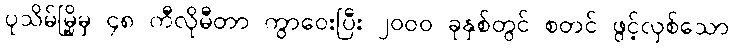
ပုသိမ်မြို့မှ ၄၈ ကီလိုမီတာ ကွာဝေးပြီး ၂၀၀၀ ခုနှစ်တွင် စတင် ဖွင့်လှစ်သော